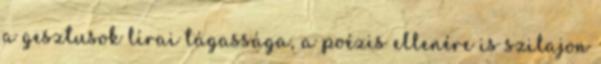
a gesztusok lírai tágassága, a poézis ellenére is szilajon